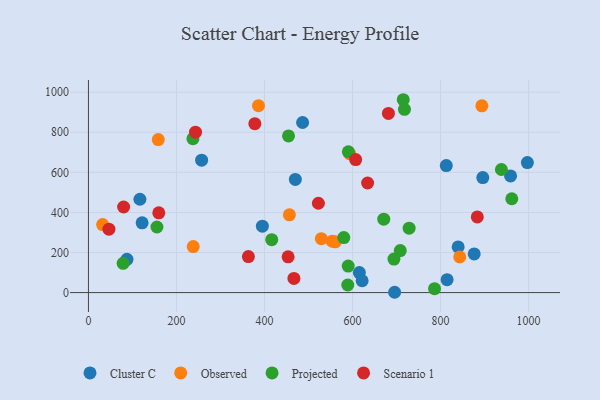
{"axis": {"x": "Study Hours", "y": "Profit"}, "legend": ["Cluster C", "Observed", "Projected", "Scenario 1"], "data": [{"x": "813.0", "y": 633.8, "type": "Cluster C"}, {"x": "695.6", "y": 1.5, "type": "Cluster C"}, {"x": "814.8", "y": 64.6, "type": "Cluster C"}, {"x": "470.0", "y": 564.5, "type": "Cluster C"}, {"x": "486.5", "y": 848.5, "type": "Cluster C"}, {"x": "121.9", "y": 348.1, "type": "Cluster C"}, {"x": "959.0", "y": 581.8, "type": "Cluster C"}, {"x": "839.9", "y": 227.9, "type": "Cluster C"}, {"x": "395.1", "y": 331.3, "type": "Cluster C"}, {"x": "87.5", "y": 165.9, "type": "Cluster C"}, {"x": "615.5", "y": 99.7, "type": "Cluster C"}, {"x": "895.9", "y": 573.7, "type": "Cluster C"}, {"x": "876.4", "y": 192.7, "type": "Cluster C"}, {"x": "997.2", "y": 648.4, "type": "Cluster C"}, {"x": "621.8", "y": 59.1, "type": "Cluster C"}, {"x": "116.9", "y": 465.7, "type": "Cluster C"}, {"x": "257.1", "y": 660.4, "type": "Cluster C"}, {"x": "158.6", "y": 763.3, "type": "Observed"}, {"x": "893.8", "y": 931.7, "type": "Observed"}, {"x": "553.8", "y": 256.5, "type": "Observed"}, {"x": "593.8", "y": 692.1, "type": "Observed"}, {"x": "238.0", "y": 229.4, "type": "Observed"}, {"x": "529.1", "y": 269.1, "type": "Observed"}, {"x": "386.3", "y": 932.2, "type": "Observed"}, {"x": "456.5", "y": 387.8, "type": "Observed"}, {"x": "560.7", "y": 253.1, "type": "Observed"}, {"x": "32.2", "y": 339.0, "type": "Observed"}, {"x": "843.5", "y": 178.0, "type": "Observed"}, {"x": "589.1", "y": 37.8, "type": "Projected"}, {"x": "938.2", "y": 614.0, "type": "Projected"}, {"x": "78.8", "y": 145.9, "type": "Projected"}, {"x": "786.3", "y": 19.6, "type": "Projected"}, {"x": "237.4", "y": 767.6, "type": "Projected"}, {"x": "590.1", "y": 132.2, "type": "Projected"}, {"x": "454.5", "y": 781.4, "type": "Projected"}, {"x": "590.5", "y": 702.0, "type": "Projected"}, {"x": "961.8", "y": 468.2, "type": "Projected"}, {"x": "718.0", "y": 914.3, "type": "Projected"}, {"x": "728.5", "y": 321.1, "type": "Projected"}, {"x": "694.1", "y": 167.1, "type": "Projected"}, {"x": "416.4", "y": 263.7, "type": "Projected"}, {"x": "580.1", "y": 274.2, "type": "Projected"}, {"x": "708.4", "y": 209.6, "type": "Projected"}, {"x": "715.2", "y": 962.1, "type": "Projected"}, {"x": "670.9", "y": 366.3, "type": "Projected"}, {"x": "155.6", "y": 327.1, "type": "Projected"}, {"x": "466.8", "y": 70.5, "type": "Scenario 1"}, {"x": "159.8", "y": 398.1, "type": "Scenario 1"}, {"x": "46.5", "y": 316.4, "type": "Scenario 1"}, {"x": "378.0", "y": 842.7, "type": "Scenario 1"}, {"x": "883.4", "y": 377.2, "type": "Scenario 1"}, {"x": "522.4", "y": 445.7, "type": "Scenario 1"}, {"x": "79.9", "y": 426.8, "type": "Scenario 1"}, {"x": "363.4", "y": 179.8, "type": "Scenario 1"}, {"x": "681.5", "y": 893.6, "type": "Scenario 1"}, {"x": "634.2", "y": 546.6, "type": "Scenario 1"}, {"x": "453.6", "y": 178.4, "type": "Scenario 1"}, {"x": "243.2", "y": 800.2, "type": "Scenario 1"}, {"x": "607.1", "y": 663.3, "type": "Scenario 1"}]}